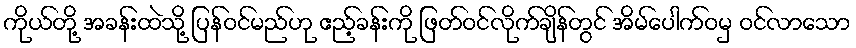
ကိုယ်တို့ အခန်းထဲသို့ ပြန်ဝင်မည်ဟု ဧည့်ခန်းကို ဖြတ်ဝင်လိုက်ချိန်တွင် အိမ်ပေါက်ဝမှ ဝင်လာသော